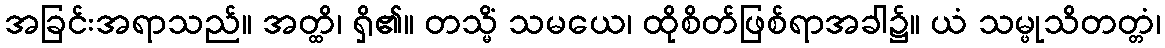
အခြင်းအရာသည်။ အတ္ထိ၊ ရှိ၏။ တသ္မိံ သမယေ၊ ထိုစိတ်ဖြစ်ရာအခါ၌။ ယံ သမ္ဖုသိတတ္တံ၊